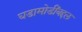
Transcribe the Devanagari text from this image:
घडामोडींबद्दल